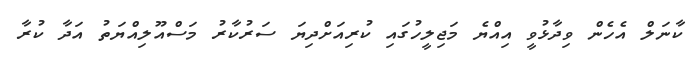
ކާނަލް އެހެން ވިދާޅުވީ އިއްޔެ މަޖިލީހުގައި ކުރިއަށްދިޔަ ސަރުކާރު މަސްއޫލިއްޔަތު އަދާ ކުރާ